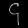
Digit: ၄